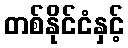
တစ်နိုင်ငံနှင့်